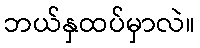
ဘယ်နှထပ်မှာလဲ။